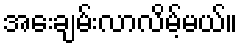
အေးချမ်းလာလိမ့်မယ်။